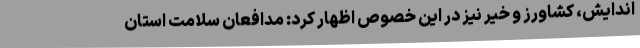
اندایش، کشاورز و خیر نیز در این خصوص اظهار کرد: مدافعان سلامت استان